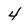
Character: 4